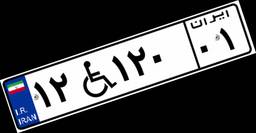
۱۲W۱۲۰۰۱